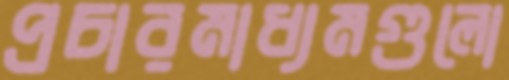
প্রচারমাধ্যমগুলো